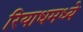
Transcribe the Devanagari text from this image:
रियाधमध्ये